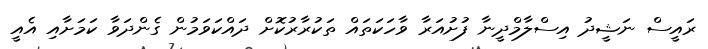
ރައީސް ނަޝީދު އިސްލާމްދީނާ ފުށުއަރާ ވާހަކަތައް ތަކުރާރުކޮށް ދައްކަވަމުން ގެންދަވާ ކަމަށާއި އެއީ